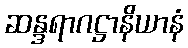
ဆန္ဒရာဂဋ္ဌာနိယာနံ